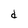
Character: d